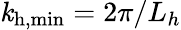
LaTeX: \mathit{k}_{\mathrm{{h,min}}}=2\pi/L_{h}